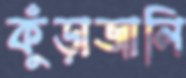
কুঁড়াজালি